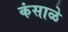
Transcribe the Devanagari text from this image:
कंसाळे